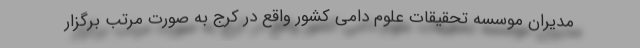
مدیران موسسه تحقیقات علوم دامی کشور واقع در کرج به صورت مرتب برگزار